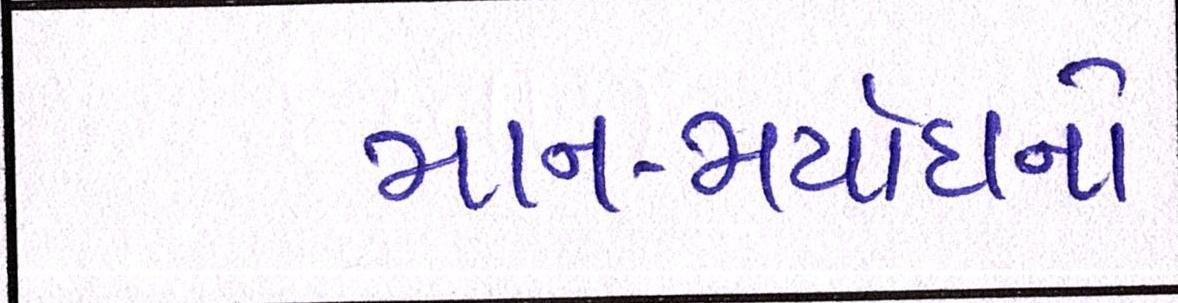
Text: માન-મર્યાદાનો